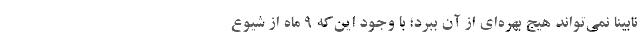
نابینا نمی‌تواند هیج بهره‌ای از آن ببرد؛ با وجود این‌که ۹ ماه از شیوع